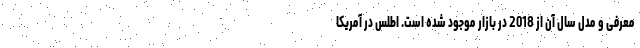
معرفی و مدل سال آن از 2018 در بازار موجود شده است. اطلس در آمریکا